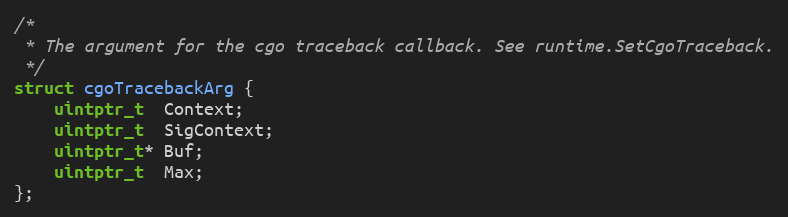
Language: C
/*
 * The argument for the cgo traceback callback. See runtime.SetCgoTraceback.
 */
struct cgoTracebackArg {
	uintptr_t  Context;
	uintptr_t  SigContext;
	uintptr_t* Buf;
	uintptr_t  Max;
};